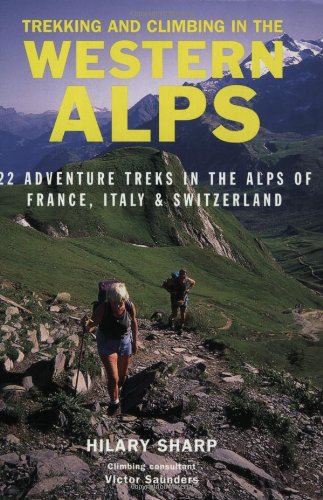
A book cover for Trekking and Climbing in the Alps (Trekking & Climbing); Hilary Sharp; Travel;